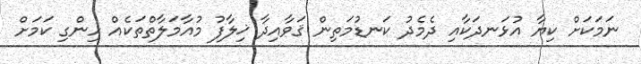
ނަމަކަށް ކިޔާ އުޅަނދަކާއި ދެމެދު ކަނޑުމަތިން ޤަވާއިދާ ޚިލާފު މުއާމަލާތްތަކެއް ހިންގި ކަމަށް